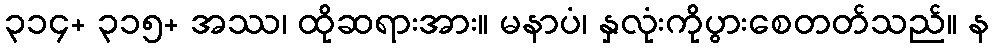
၃၁၄+ ၃၁၅+ အဿ၊ ထိုဆရားအား။ မနာပံ၊ နှလုံးကိုပွားစေတတ်သည်။ န